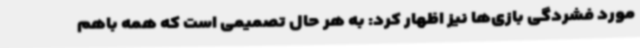
مورد فشردگی بازی‌ها نیز اظهار کرد: به هر حال تصمیمی است که همه باهم